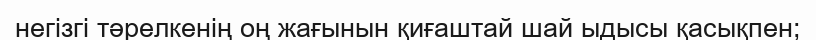
негізгі тәрелкенің оң жағынын қиғаштай шай ыдысы қасықпен;